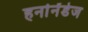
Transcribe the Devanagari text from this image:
हर्नानेंडेज